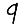
Digit: 9